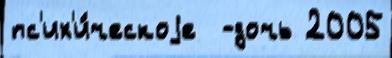
пс'их'и́ческоjе  -дочь 2005